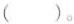
()。